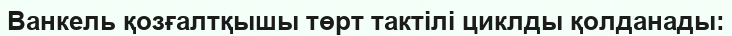
Ванкель қозғалтқышы төрт тактілі циклды қолданады: